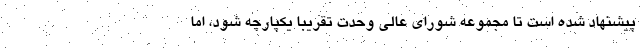
پیشنهاد شده است تا مجموعه شورای عالی وحدت تقریبا یکپارچه شود، اما